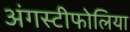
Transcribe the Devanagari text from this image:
अंगस्टीफोलिया